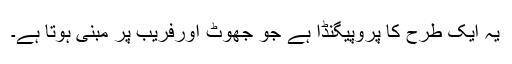
یہ ایک طرح کا پروپیگنڈا ہے جو جھوٹ اورفریب پر مبنی ہوتا ہے۔